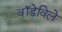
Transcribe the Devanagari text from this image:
वॉडेविले